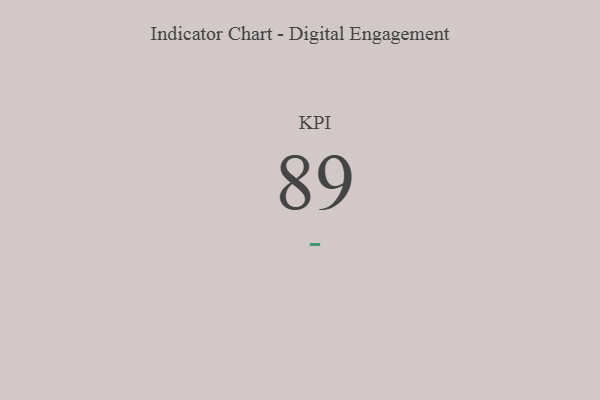
{"axis": {"x": "KPI", "y": "Value"}, "legend": [""], "data": [{"x": "KPI", "y": 89, "type": ""}]}